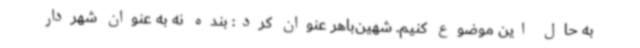
به حال این موضوع کنیم. شهین‌باهر عنوان کرد: بنده نه به عنوان شهردار